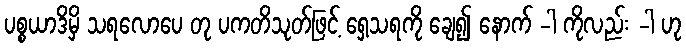
ပစ္စယာဒိမှိ သရလောပေ တု ပကတိသုတ်ဖြင့် ရှေ့သရကို ချေ၍ နောက် -ါ ကိုလည်း -ါ ဟု